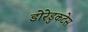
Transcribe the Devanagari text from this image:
डोरेडुकटेस